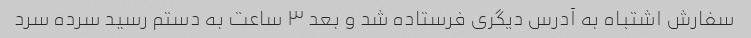
سفارش اشتباه به آدرس دیگری فرستاده شد و بعد ٣ ساعت به دستم رسید سرده سرد